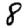
Digit: 8